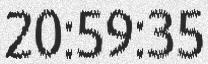
20:59:35